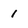
Character: 1